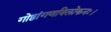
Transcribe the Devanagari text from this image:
गोष्ठांगणविलोकनः।